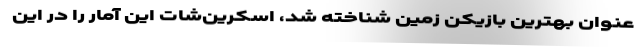
عنوان بهترین بازیکن زمین شناخته شد، اسکرین‌شات این آمار را در این